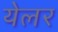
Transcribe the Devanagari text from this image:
येलर